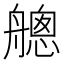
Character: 𦪐